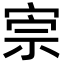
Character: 𡨫